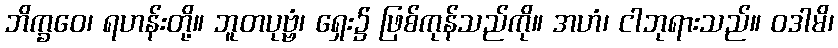
ဘိက္ခဝေ၊ ရဟန်းတို့။ ဘူတပုဗ္ဗံ၊ ရှေး၌ ဖြစ်ကုန်သည်ကို။ အဟံ၊ ငါဘုရားသည်။ ဝဒါမိ၊